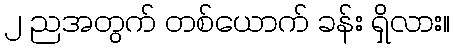
၂ ညအတွက် တစ်ယောက် ခန်း ရှိလား။